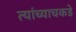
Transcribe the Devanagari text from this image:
त्यांच्याचकडे